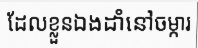
ដែលខ្លួនឯងដាំនៅចម្ការ